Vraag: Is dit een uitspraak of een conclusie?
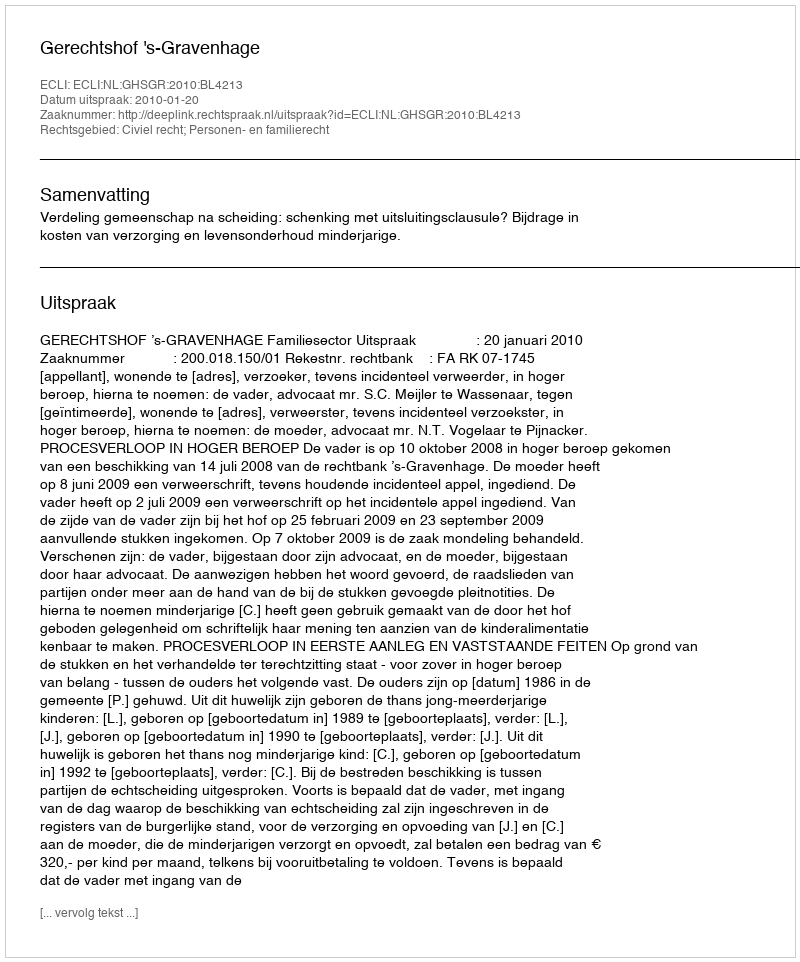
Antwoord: Uitspraak